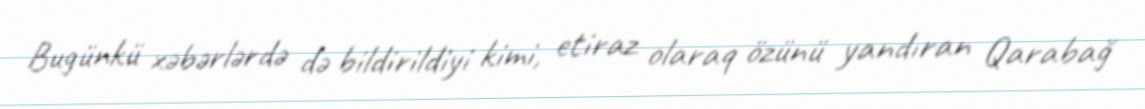
Bugünkü xəbərlərdə də bildirildiyi kimi, etiraz olaraq özünü yandıran Qarabağ